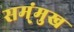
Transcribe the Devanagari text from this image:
सम्ंमुख